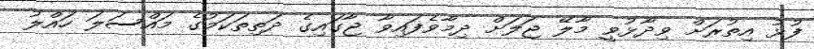
ފުޅު އިތުރަށް ވިދާޅުވީ މާލޭ ޖަލަށް ދިމާވެފައިވާ ޖާގައިގެ ދަތިތަކަމުގެ މައްސަލަ ހައްލު